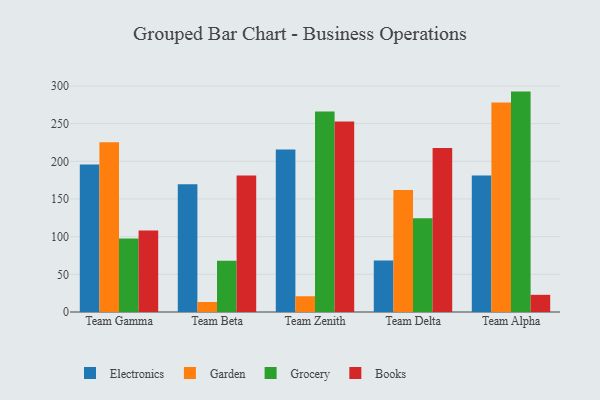
{"axis": {"x": "Team", "y": "Revenue (USD Million)"}, "legend": ["Books", "Electronics", "Garden", "Grocery"], "data": [{"x": "Team Gamma", "y": 195.8, "type": "Electronics"}, {"x": "Team Gamma", "y": 225.2, "type": "Garden"}, {"x": "Team Gamma", "y": 97.6, "type": "Grocery"}, {"x": "Team Gamma", "y": 108.2, "type": "Books"}, {"x": "Team Beta", "y": 169.6, "type": "Electronics"}, {"x": "Team Beta", "y": 13.3, "type": "Garden"}, {"x": "Team Beta", "y": 67.9, "type": "Grocery"}, {"x": "Team Beta", "y": 181.1, "type": "Books"}, {"x": "Team Zenith", "y": 215.5, "type": "Electronics"}, {"x": "Team Zenith", "y": 20.9, "type": "Garden"}, {"x": "Team Zenith", "y": 266.2, "type": "Grocery"}, {"x": "Team Zenith", "y": 252.9, "type": "Books"}, {"x": "Team Delta", "y": 68.5, "type": "Electronics"}, {"x": "Team Delta", "y": 162.0, "type": "Garden"}, {"x": "Team Delta", "y": 124.4, "type": "Grocery"}, {"x": "Team Delta", "y": 217.6, "type": "Books"}, {"x": "Team Alpha", "y": 181.3, "type": "Electronics"}, {"x": "Team Alpha", "y": 278.0, "type": "Garden"}, {"x": "Team Alpha", "y": 292.5, "type": "Grocery"}, {"x": "Team Alpha", "y": 22.8, "type": "Books"}]}